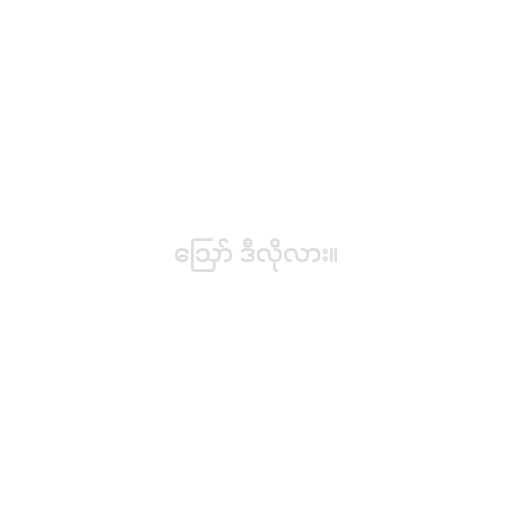
ဪ ဒီလိုလား။